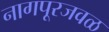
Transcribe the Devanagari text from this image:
नागपूरजवळ